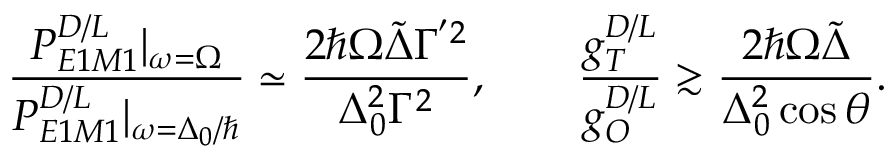
\frac { P _ { E 1 M 1 } ^ { D / L } | _ { \omega = \Omega } } { P _ { E 1 M 1 } ^ { D / L } | _ { \omega = \Delta _ { 0 } / \hbar } } \simeq \frac { 2 \hbar \Omega \tilde { \Delta } \Gamma ^ { ^ { \prime } 2 } } { \Delta _ { 0 } ^ { 2 } \Gamma ^ { 2 } } , \qquad \frac { g _ { T } ^ { D / L } } { g _ { O } ^ { D / L } } \gtrsim \frac { 2 \hbar \Omega \tilde { \Delta } } { \Delta _ { 0 } ^ { 2 } \cos { \theta } } .